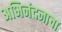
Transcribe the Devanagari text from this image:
अभिनंदनाचा